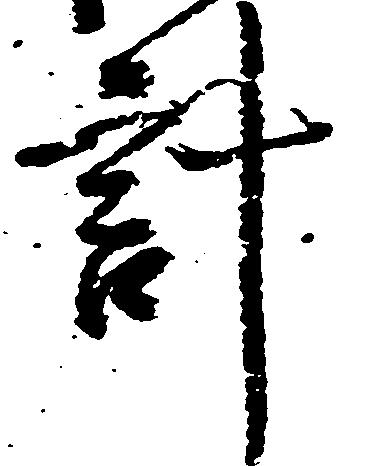
計